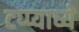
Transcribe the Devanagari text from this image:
टप्प्याध्ये